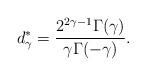
LaTeX: \begin{align*}d_{\gamma}^{*}=\frac{2^{2\gamma-1}\Gamma(\gamma)}{\gamma\Gamma(-\gamma)}.\end{align*}